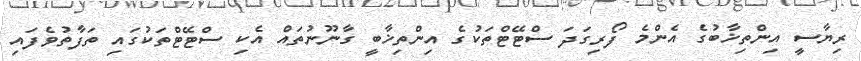
ރިޔާސީ އިންތިޚާބުގެ އެންމެ ފޯރިގަދަ ސްޓޭޓްތަކުގެ އިންތިޚާބީ ގާނޫނުތައް އެކި ސްޓޭޓްތަކުގައި ތަފާތުވެފައި